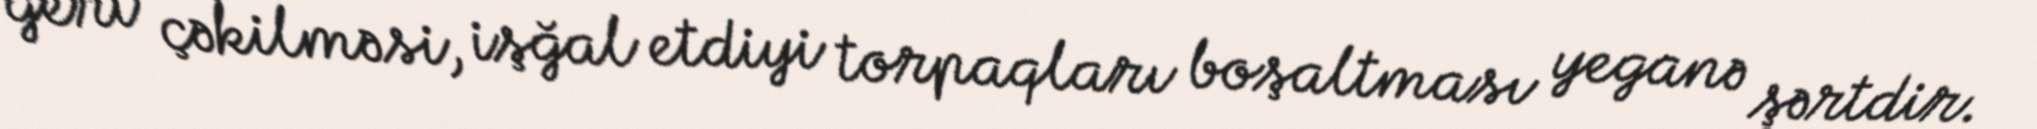
geri çəkilməsi, işğal etdiyi torpaqları boşaltması yeganə şərtdir.